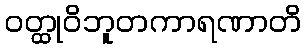
ဝတ္ထုဝိဘူတကာရဏာတိ